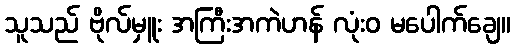
သူသည် ဗိုလ်မှူး အကြီးအကဲဟန် လုံးဝ မပေါက်ချေ။